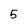
Character: 5